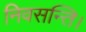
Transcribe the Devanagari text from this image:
निवसन्ति।